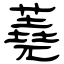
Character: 蕘